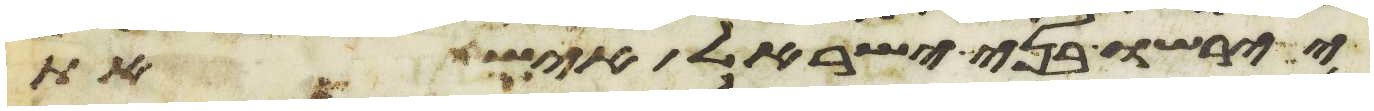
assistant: יירשו בני ישראל איש את